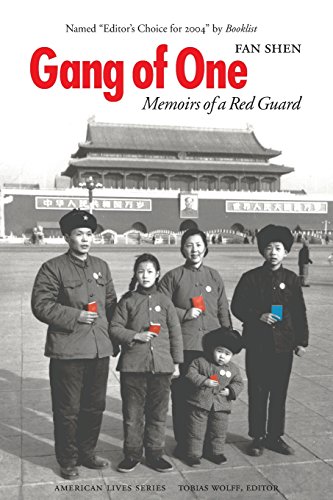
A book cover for Gang of One: Memoirs of a Red Guard (American Lives); Fan Shen; Biographies & Memoirs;